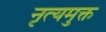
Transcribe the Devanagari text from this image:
नृत्यमुक्त